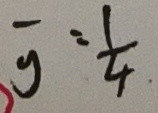
\overline { y } = \frac { 1 } { 4 }